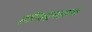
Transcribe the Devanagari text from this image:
हरिश्चंद्रगडाला